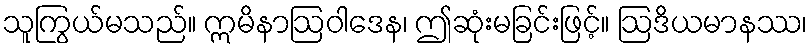
သူကြွယ်မသည်။ ဣမိနာဩဝါဒေန၊ ဤဆုံးမခြင်းဖြင့်။ ဩဒိယမာနဿ၊